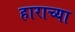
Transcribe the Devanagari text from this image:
हाराच्या